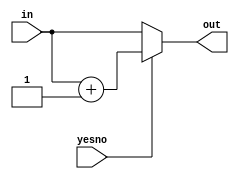
module alu_errorcase_3 (
    input [0:0] yesno,
    input [15:0] in,
    output reg [15:0] out
  );
  
  
  
  reg [15:0] z;
  
  always @* begin
    z = in;
    if (yesno == 1'h1) begin
      z = z + 16'h0001;
    end
    out = z;
  end
endmodule